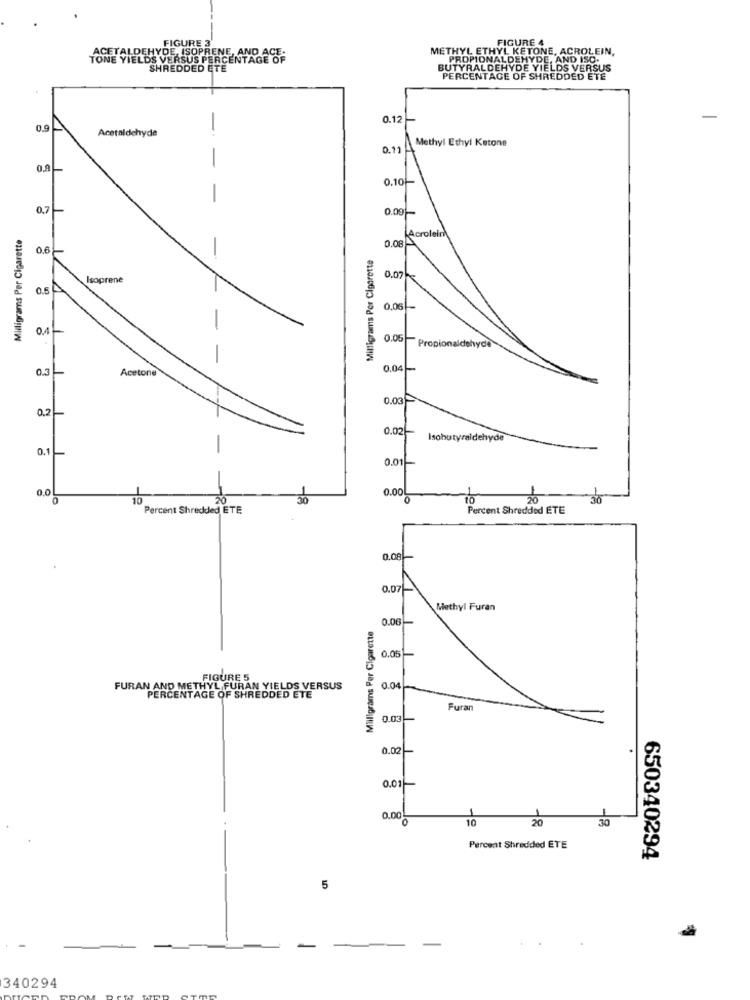
FIGURE 3
FIGURE 4
ACETALDEHYDE, ISOPRENE, AND ACE.
METHYL ETHYL KETONE, ACROLEIN,
TONE YIELDS VERSUS PERCENTAGE OF
PROPIONALDEHYDE, AND ISO.
SHREDDED ETE
BUTYRALDEHYDE YIELDS VERSUS
PERCENTAGE OF SHREDDED ETE
0.12 -
0.9
Acetaldehyde
0.1) Methyl Ethyl Ketone
0.9
0.10-
0.7
0.09
Milligrams Per Cigarette
Q.ORA
Acrolein)
0.6
Milligrams Por Cigarette
-
Isoprene
0.07
0.5
A
0.06 -
0.4
-
0.05
Propionaldehyde
-
0.3
0.04 -
Acetone
0.03-
0.2
0.02-
Isobutyraidehyde
0.1
0.01
0.0
0.00
10
20
30
to
30
36
Percent Shredded ETE
Percent Shredded ETE
0.08
0.07
Methyl Furan
0.06
Milligrams Per Cigarette
0.05
FIGURE 5
FURAN AND METHYL FURAN YIELDS VERSUS
0.04
PERCENTAGE OF SHREDDED ETE
Furan
0.03
0.02
0.01-
0.00
O
10
20
Percent Shredded ETE
650340294
5
-
340294